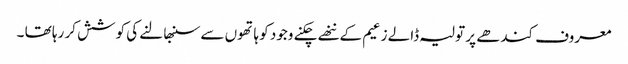
معروف کندھے پر تولیہ ڈالے زعیم کے ننھے چکنے وجود کو ہاتھوں سے سنبھالنے کی کوشش کر رہا تھا ۔